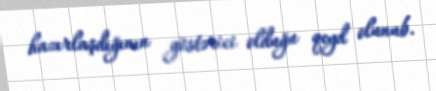
hazırlaşdığının göstərici olduğu qeyd olunub.